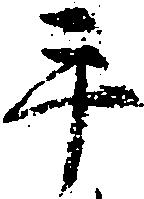
手